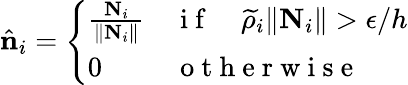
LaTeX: \hat{\mathbf{n}}_{i}=\left\{ \begin{array}{ll}{\frac{\mathbf{N}_{i}}{\lVert\mathbf{N}_{i}\rVert}}&{\mathrm{~i~f~}\quad\widetilde{\rho}_{i}\lVert\mathbf{N}_{i}\rVert>\epsilon/h}\\ {0}&{\mathrm{~o~t~h~e~r~w~i~s~e~}}\end{array}\right.